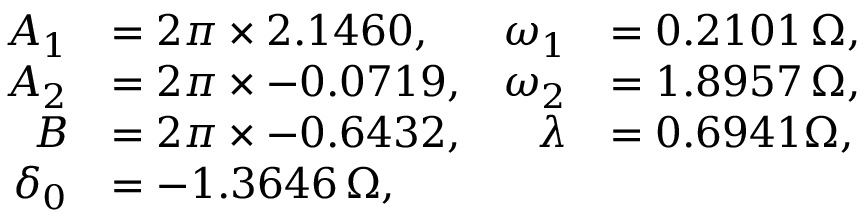
\begin{array} { r l r l } { A _ { 1 } } & { = 2 \pi \times 2 . 1 4 6 0 , } & { \omega _ { 1 } } & { = 0 . 2 1 0 1 \, \Omega , } \\ { A _ { 2 } } & { = 2 \pi \times - 0 . 0 7 1 9 , } & { \omega _ { 2 } } & { = 1 . 8 9 5 7 \, \Omega , } \\ { B } & { = 2 \pi \times - 0 . 6 4 3 2 , } & { \lambda } & { = 0 . 6 9 4 1 \Omega , } \\ { \delta _ { 0 } } & { = - 1 . 3 6 4 6 \, \Omega , } \end{array}